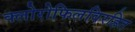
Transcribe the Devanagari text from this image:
क्लोरोफिलविरहित